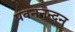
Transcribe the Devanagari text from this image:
पवननन्दन